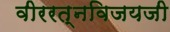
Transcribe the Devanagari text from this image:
वीररत्नविजयजी